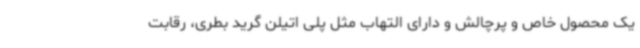
یک محصول خاص و پرچالش و دارای التهاب مثل پلی اتیلن گرید بطری، رقابت